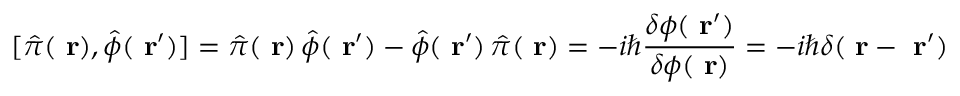
[ \hat { \pi } ( \mathrm { \bf ~ r } ) , \hat { \phi } ( \mathrm { \bf ~ r } ^ { \prime } ) ] = \hat { \pi } ( \mathrm { \bf ~ r } ) \, \hat { \phi } ( \mathrm { \bf ~ r } ^ { \prime } ) - \hat { \phi } ( \mathrm { \bf ~ r } ^ { \prime } ) \, \hat { \pi } ( \mathrm { \bf ~ r } ) = - i \hbar \frac { \delta \phi ( \mathrm { \bf ~ r } ^ { \prime } ) } { \delta \phi ( \mathrm { \bf ~ r } ) } = - i \hbar \delta ( \mathrm { \bf ~ r } - \mathrm { \bf ~ r } ^ { \prime } )